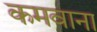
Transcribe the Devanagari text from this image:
कमवाना